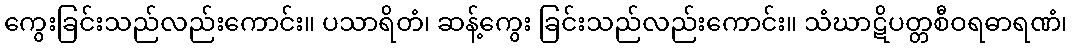
ကွေးခြင်းသည်လည်းကောင်း။ ပသာရိတံ၊ ဆန့်ကွေး ခြင်းသည်လည်းကောင်း။ သံဃာဋိပတ္တစီဝရဓာရဏံ၊